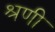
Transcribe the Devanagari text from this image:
श्रणी